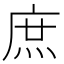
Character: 庶